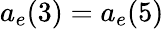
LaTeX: a_{e}(3)=a_{e}(5)